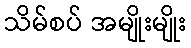
သိမ်စပ် အမျိုးမျိုး